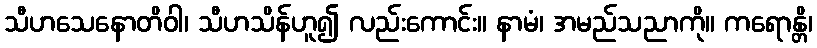
သီဟသေနောတိဝါ၊ သီဟသိန်ဟူ၍ လည်းကောင်း။ နာမံ၊ အမည်သညာကို။ ကရောန္တိ၊